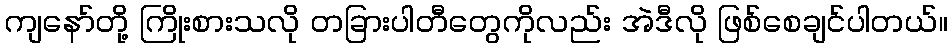
ကျနော်တို့ ကြိုးစားသလို တခြားပါတီတွေကိုလည်း အဲဒီလို ဖြစ်စေချင်ပါတယ်။